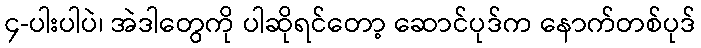
၄-ပါးပါပဲ၊ အဲဒါတွေကို ပါဆိုရင်တော့ ဆောင်ပုဒ်က နောက်တစ်ပုဒ်